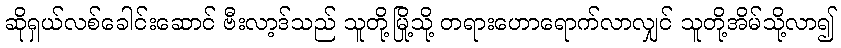
ဆိုရှယ်လစ်ခေါင်းဆောင် ဗီးလာ့ဒ်သည် သူတို့မြို့သို့ တရားဟောရောက်လာလျှင် သူတို့အိမ်သို့လာ၍